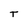
Character: T